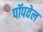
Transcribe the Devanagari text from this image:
पॉपवेल